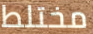
مختلط